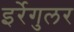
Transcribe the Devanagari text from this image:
इर्रेगुलर